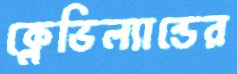
ক্লেভিল্যান্ডের